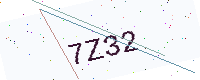
Text: 7Z32